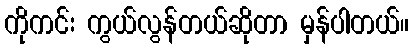
ကိုကင်း ကွယ်လွန်တယ်ဆိုတာ မှန်ပါတယ်။